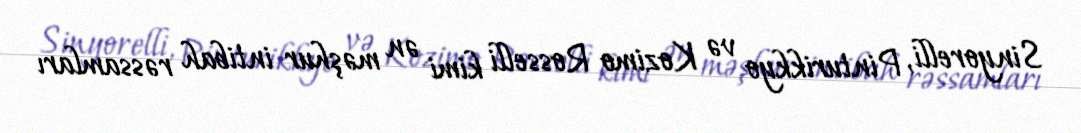
Sinyorelli, Pinturikkyo və Kozimo Rosselli kimi ən məşhur intibah rəssamları